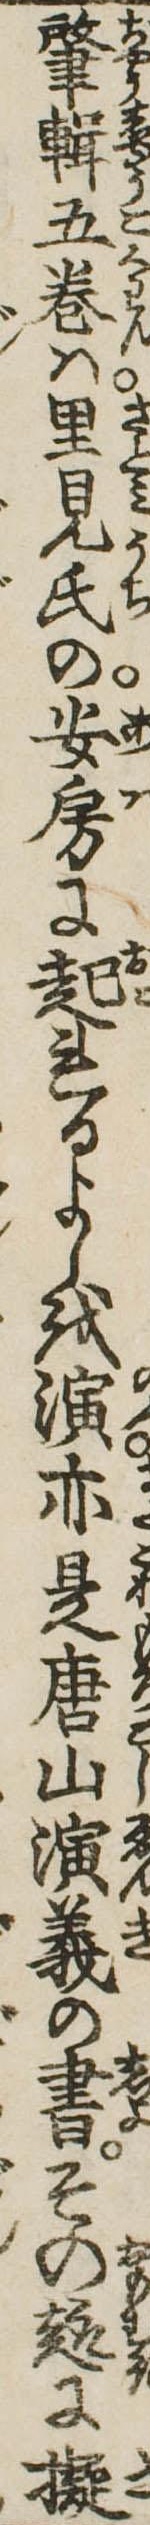
肇輯五巻は里見氏の安房に起れるよしを演亦是唐山演義の書その趣に擬